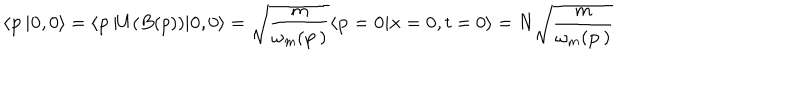
\langle { \bf p } \, \vert { \bf 0 } , 0 \rangle = \langle { \bf p } \, \vert U ( B ( p ) ) \vert { \bf 0 } , 0 \rangle = \sqrt { { \frac { m } { \omega _ { m } ( { \bf p } \, ) } } } \langle { \bf p } = { \bf 0 } \vert { \bf x } = { \bf 0 } , t = 0 \rangle = N \sqrt { { \frac { m } { \omega _ { m } ( { \bf p } \, ) } } }